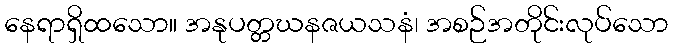
နေရာရှိထသော။ အနုပတ္တဃနဇယသနံ၊ အစဉ်အတိုင်းလုပ်သော